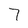
Character: 7